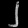
Digit: ၂